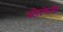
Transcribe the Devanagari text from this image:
अलेन्तेजो